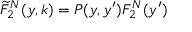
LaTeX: \widetilde { F } _ { 2 } ^ { N } ( y , k ) = P ( y , y ^ { \prime } ) F _ { 2 } ^ { N } ( y ^ { \prime } )